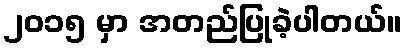
၂၀၁၅ မှာ အတည်ပြုခဲ့ပါတယ်။